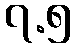
၇.၅